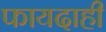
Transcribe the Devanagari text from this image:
फायदाही